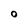
Character: 0